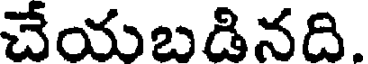
చేయబడినది.